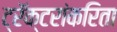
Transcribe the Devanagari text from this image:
ट्रॅक्टरांकरिता